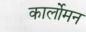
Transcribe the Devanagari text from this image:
कार्लोमन